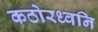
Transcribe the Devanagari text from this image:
कठोरध्वनि